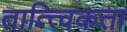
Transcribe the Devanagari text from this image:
तात्त्विकता